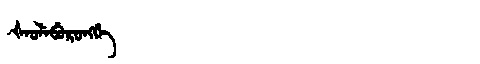
Manchu: ᡧᡝᠣᠯᡝᠪᡠᡵᠣᠩᡤᡝ
Romanization: ŠEOLEBURONGGE